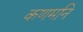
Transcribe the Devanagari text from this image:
कणमनि